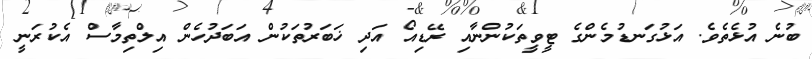
ބުނެ އުޅެތެވެ. އަޅުގަނޑުމެންގެ ޓީވީތަކުންނާއި ރޭޑިއޯ އަދި ޚަބަރުތަކުން އަބަދުހެން އިލްތިމާސް އެކުރަނީ